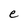
Character: e